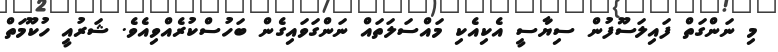
މި ނަންގަތް ފައިލަސޫފުން ސިޔާސީ އެކިއެކި މައްސަލަތައް ނަންގަވައިގެން ބަހުސްކުރެއްވިއެވެ. ޝަރުއީ ހުކޫމަތް